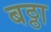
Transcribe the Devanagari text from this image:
बठ्ठा